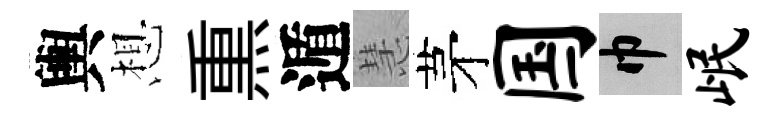
輿想𤋱遁慧茅国巾岷